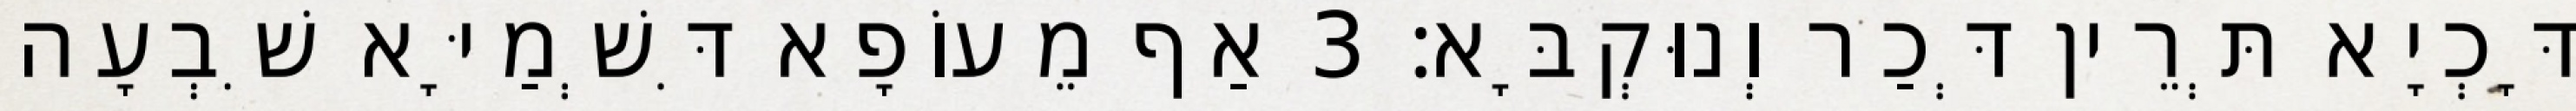
דָּכְיָא תְּרֵין דְּכַר וְנוּקְבָּא׃ 3 אַף מֵעוֹפָא דִּשְׁמַיָּא שִׁבְעָה